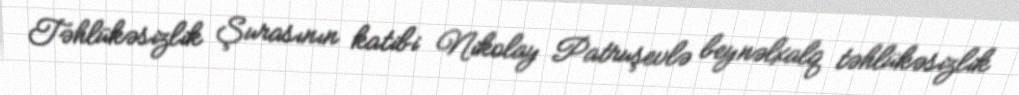
Təhlükəsizlik Şurasının katibi Nikolay Patruşevlə beynəlxalq təhlükəsizlik